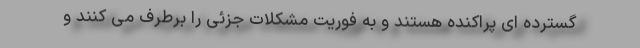
گسترده ای پراکنده هستند و به فوریت مشکلات جزئی را برطرف می کنند و